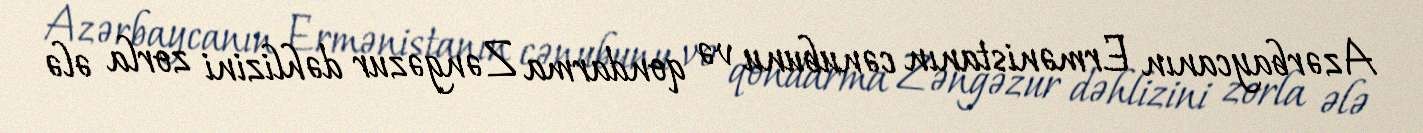
Azərbaycanın Ermənistanın cənubunu və qondarma Zəngəzur dəhlizini zorla ələ